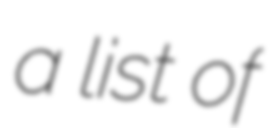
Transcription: a list of